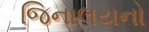
જિનાલયનો